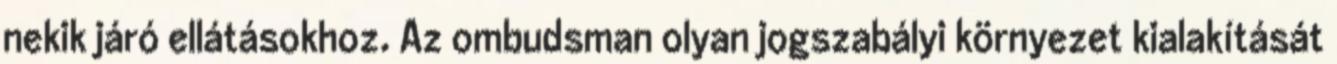
nekik járó ellátásokhoz. Az ombudsman olyan jogszabályi környezet kialakítását